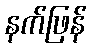
နက်ဖြန်